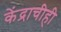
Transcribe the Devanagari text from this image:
केंद्राचीही